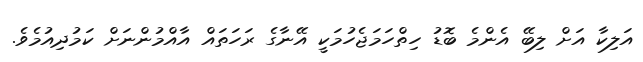
އަލިކާ އަށް ލިބޭ އެންމެ ބޮޑު ހިތްހަމަޖެހުމަކީ އޭނާގެ ރަހަތައް އާއްމުންނަށް ކަމުދިއުމެވެ.